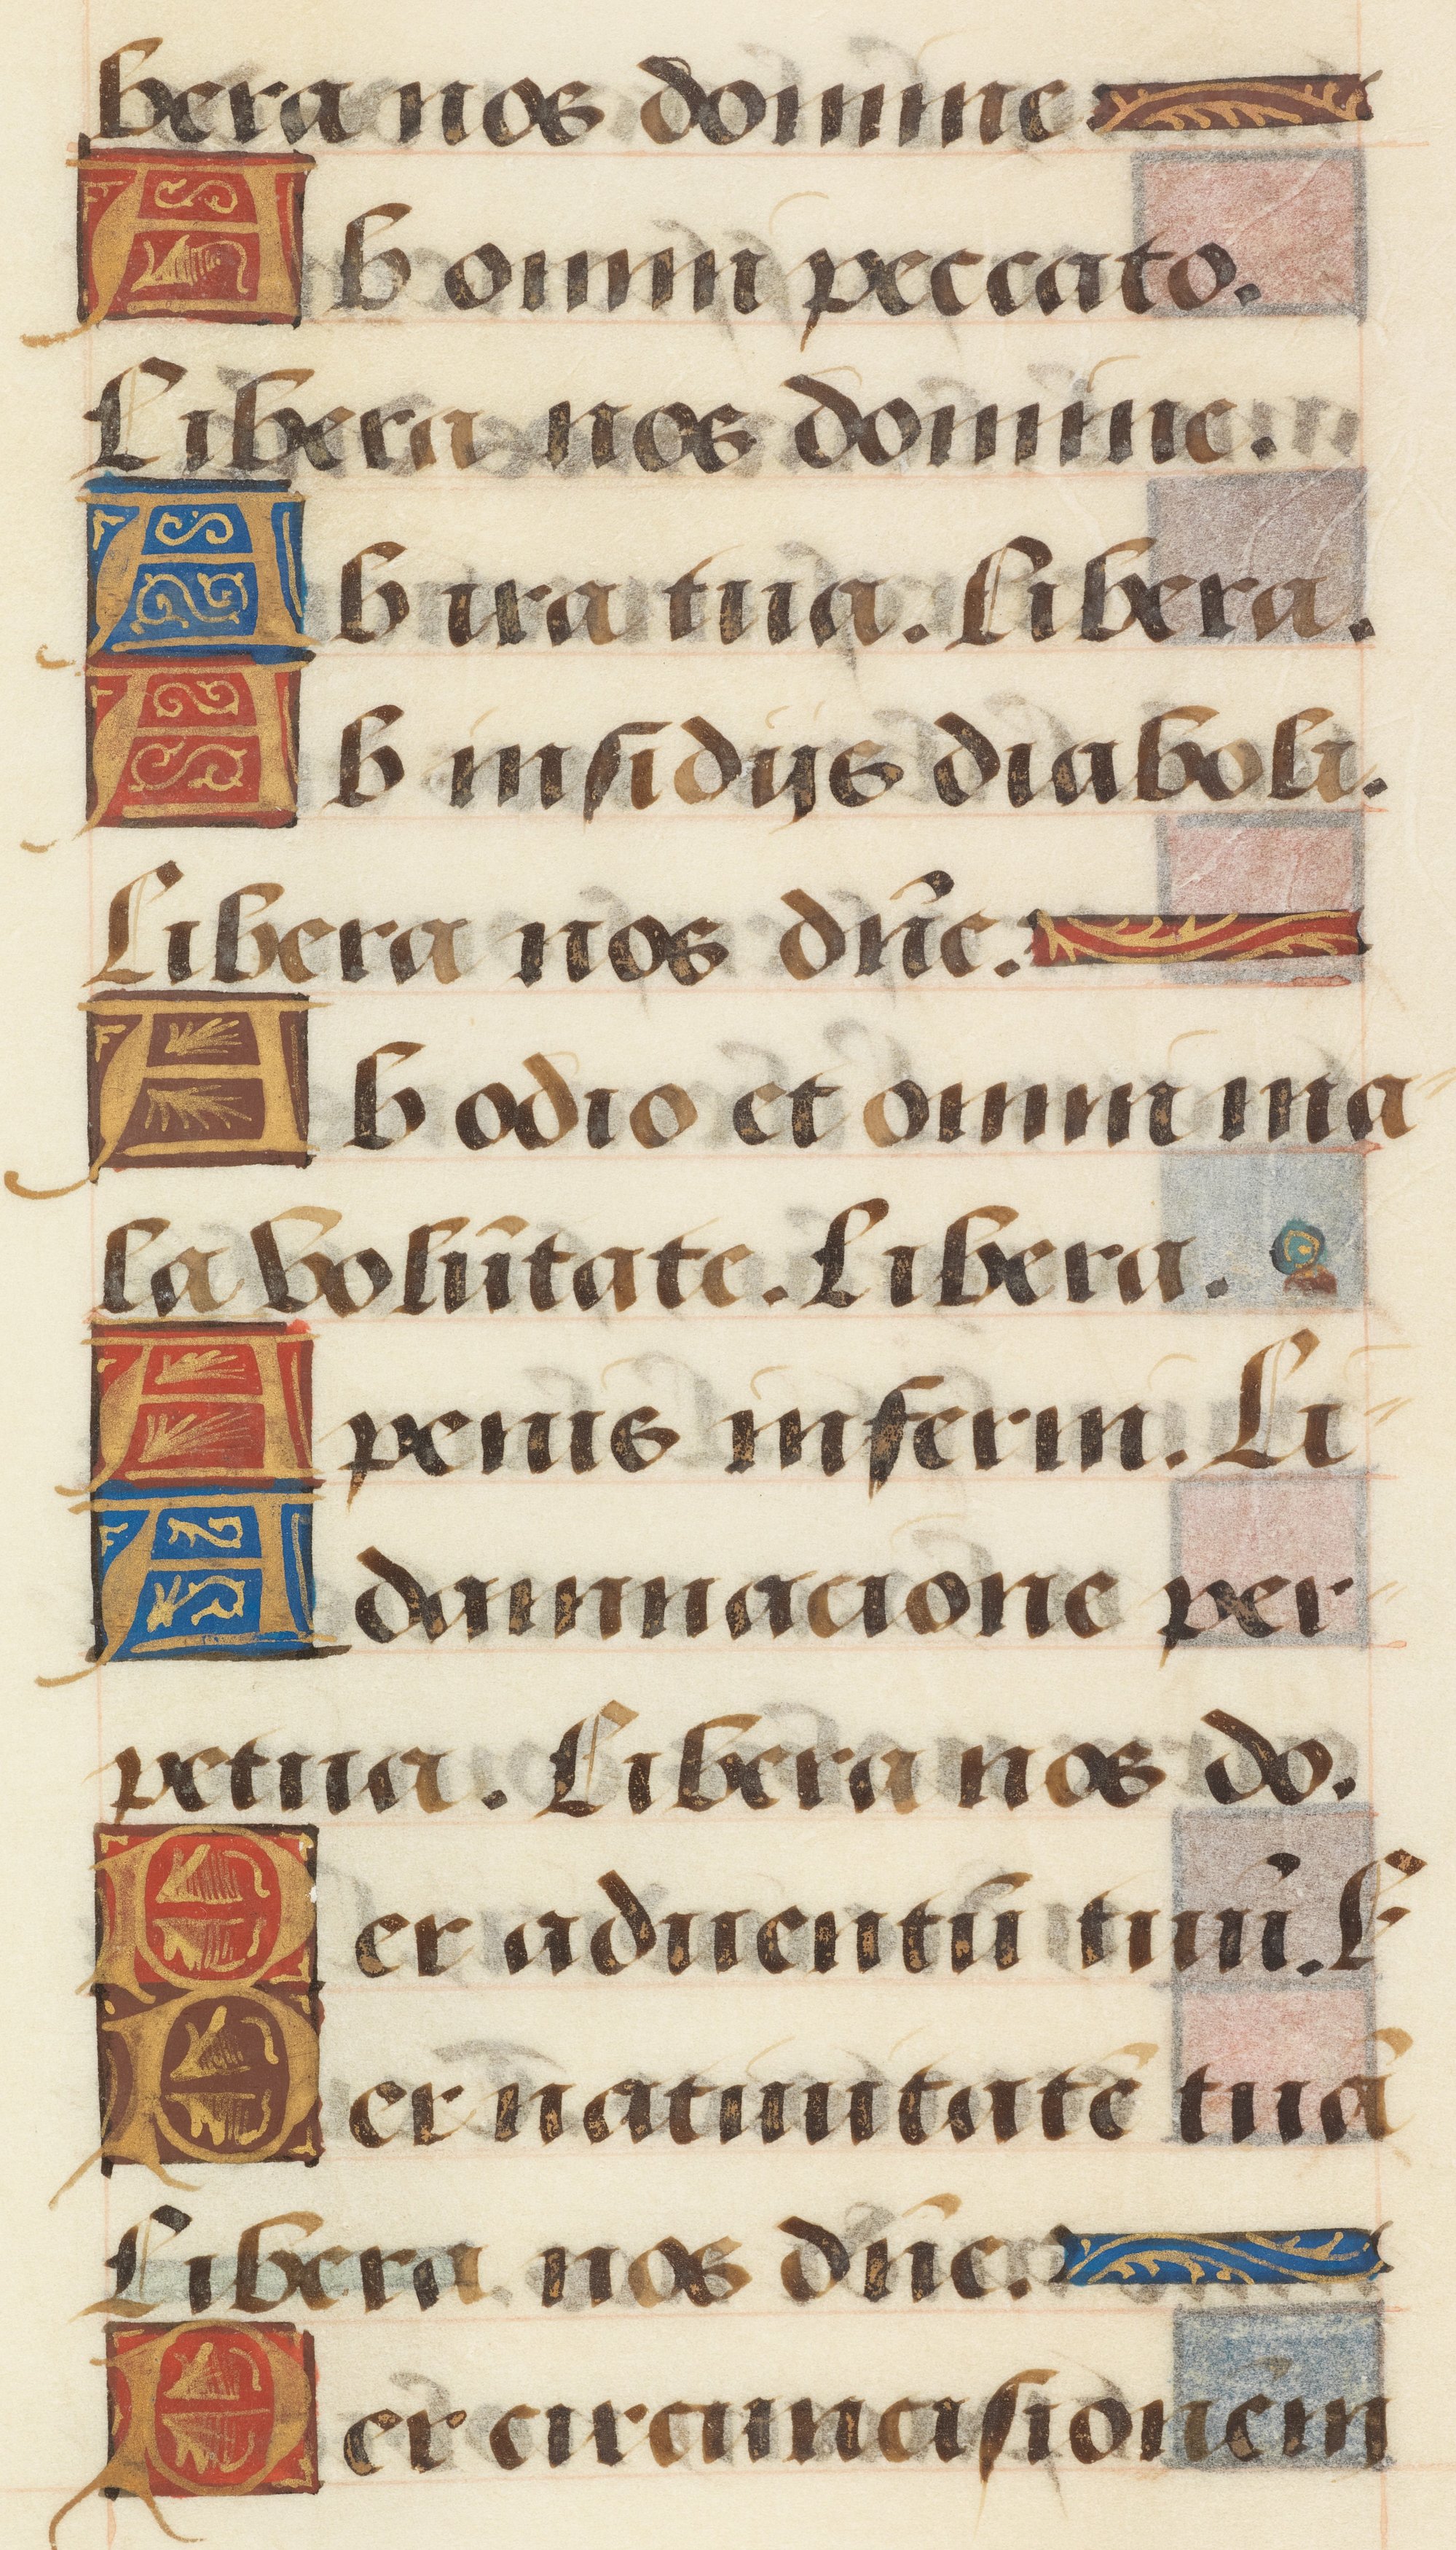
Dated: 1485–1525